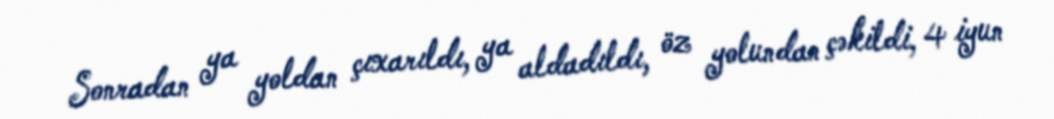
Sonradan ya yoldan çıxarıldı, ya aldadıldı, öz yolundan çəkildi, 4 iyun